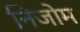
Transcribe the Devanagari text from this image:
निजोम